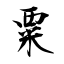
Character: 粟